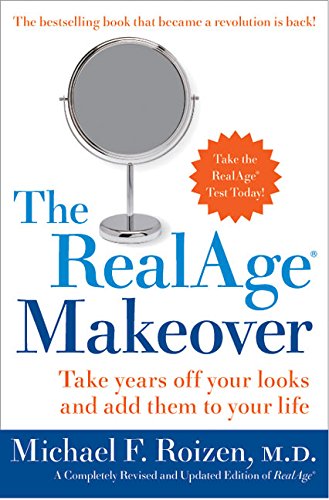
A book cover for The RealAge Makeover: Take Years off Your Looks and Add Them to Your Life; Michael F., M.D. Roizen; Health, Fitness & Dieting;